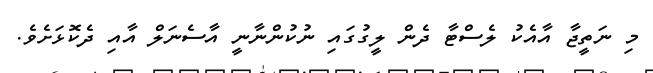
މި ނަތީޖާ އާއެކު ލެސްޓާ ދެން ލީގުގައި ނުކުންނާނީ އާސެނަލް އާއި ދެކޮޅަށެވެ.